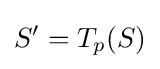
S'=T_{p}(S)